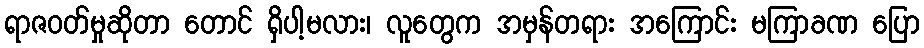
ရာဇဝတ်မှုဆိုတာ တောင် ရှိပါ့မလား၊ လူတွေက အမှန်တရား အကြောင်း မကြာခဏ ပြော